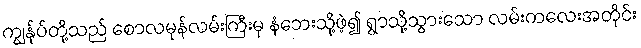
ကျွန်ုပ်တို့သည် စောလမုန်လမ်းကြီးမှ နံဘေးသို့ဖဲ့၍ ရွာသို့သွားသော လမ်းကလေးအတိုင်း